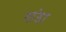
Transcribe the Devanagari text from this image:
गांडा